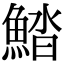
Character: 𩷽